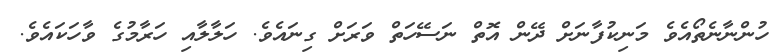
ހުންނާނެތޯއެވެ މަނިކުފާނަށް ދޭން އޮތް ނަސޭހަތް ވަރަށް ގިނައެވެ. ހަލާލާއި ހަރާމުގެ ވާހަކައެވެ.